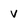
Character: V